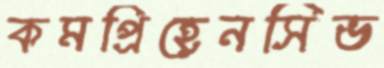
কমপ্রিহেনসিভ